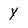
Character: Y